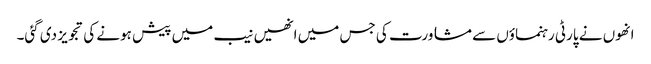
انھوں نے پارٹی رہنماؤں سے مشاورت کی جس میں انھیں نیب میں پیش ہونے کی تجویز دی گئی۔